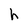
Character: h